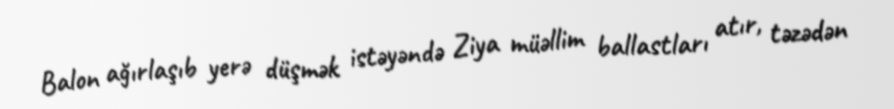
Balon ağırlaşıb yerə düşmək istəyəndə Ziya müəllim ballastları atır, təzədən